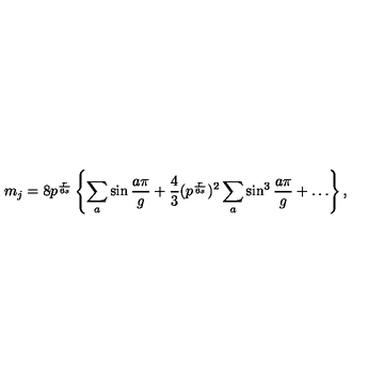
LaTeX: m _ { j } = 8 p ^ { \frac { r } { 6 s } } \left\{ \sum _ { a } \sin \frac { a \pi } { g } + \frac { 4 } { 3 } ( p ^ { \frac { r } { 6 s } } ) ^ { 2 } \sum _ { a } \sin ^ { 3 } \frac { a \pi } { g } + \ldots \right\} ,